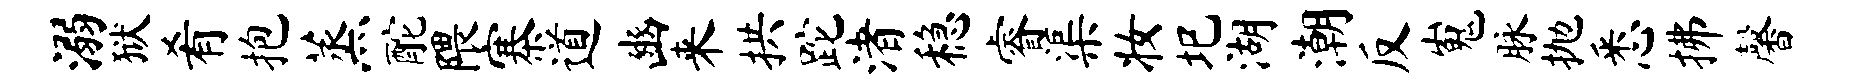
溺狱肴抱蒸酡隈寨道豳来拱跎渚稳睿渠妆圯湖潮反嵬脉抛悉拂馨